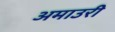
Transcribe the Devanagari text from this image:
अमाउरी